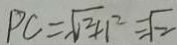
P C = \sqrt { 1 ^ { 2 } + 1 ^ { 2 } } = \sqrt { 2 }